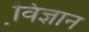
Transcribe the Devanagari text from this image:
वि़ज्ञान